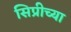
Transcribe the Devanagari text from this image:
सिप्रीच्या